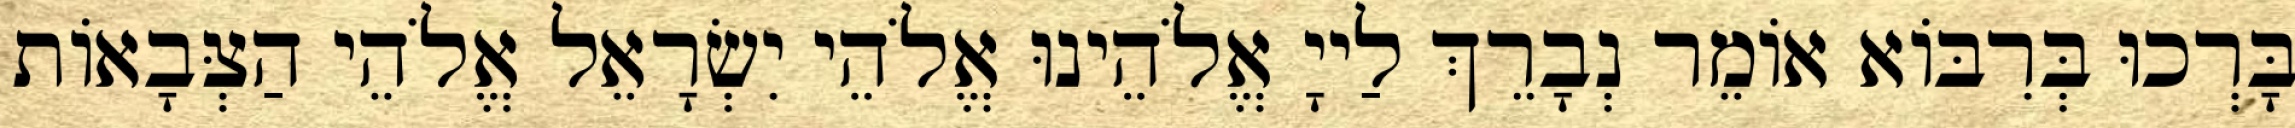
בָּרְכוּ בְּרִבּוֹא אוֹמֵר נְבָרֵךְ לַייָ אֱלֹהֵינוּ אֱלֹהֵי יִשְׂרָאֵל אֱלֹהֵי הַצְּבָאוֹת